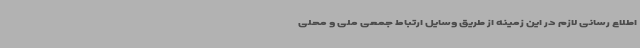
اطلاع رسانی لازم در این زمینه از طریق وسایل ارتباط جمعی ملی و محلی